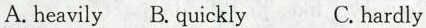
A.heavily B. quickly C.hardly